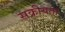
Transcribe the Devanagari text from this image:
सक्रीयता